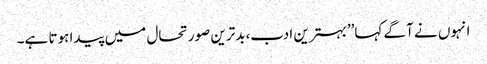
انہوں نے آگے کہا’’بہترین ادب،بدترین صورتحال میں پیدا ہوتا ہے۔